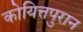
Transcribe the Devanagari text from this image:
कोयित्तपुरान